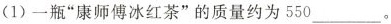
(1)一瓶”康师傅冰红茶”的质量约为550___。